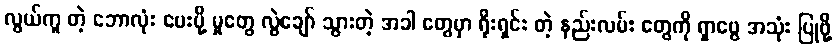
လွယ်ကူ တဲ့ ဘောလုံး ပေးပို့ မှုတွေ လွဲချော် သွားတဲ့ အခါ တွေမှာ ရိုးရှင်း တဲ့ နည်းလမ်း တွေကို ရှာဖွေ အသုံး ပြုဖို့